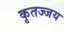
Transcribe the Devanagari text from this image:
कृतज्जय